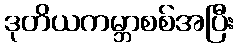
ဒုတိယကမ္ဘာစစ်အပြီး